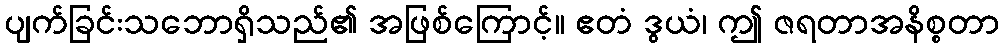
ပျက်ခြင်းသဘောရှိသည်၏ အဖြစ်ကြောင့်။ ဧတံ ဒွယံ၊ ဤ ဇရတာအနိစ္စတာ